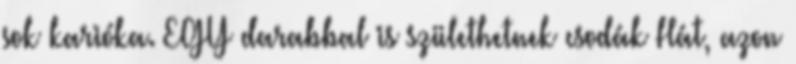
sok karióka. EGY darabbal is születhetnek csodák Hát, azon